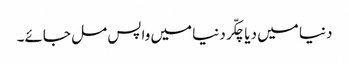
دنیا میں دیا چکّر دنیا میں واپس مل جائے۔